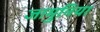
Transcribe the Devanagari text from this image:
जामुनिया